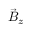
\vec { B } _ { z }